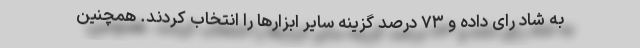
به شاد رای داده و ۷۳ درصد گزینه سایر ابزارها را انتخاب کردند. همچنین